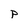
Character: P